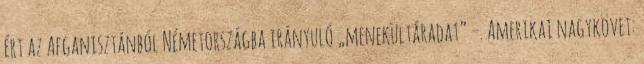
ért az Afganisztánból Németországba irányuló „menekültáradat” –. Amerikai nagykövet: